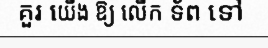
គួរ យើង ឱ្យ លើក ទ័ព ទៅ